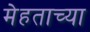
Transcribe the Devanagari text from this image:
मेहताच्या